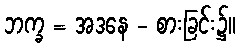
ဘက္ခ = အဒနေ - စားခြင်း၌။